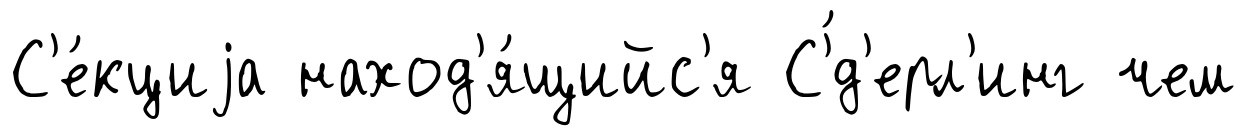
С'е́кциjа наход'я́щийс'я С'́д'ерл'инг чем